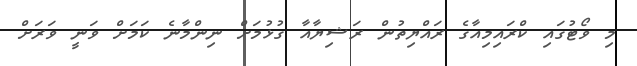
މި ވޯޓުގައި ކްރައިމިއާގެ ރައްޔިތުން ރަޝިޔާއާ ގުޅުމަށް ނިންމާނެ ކަމަށް ވަނީ ވަރަށް